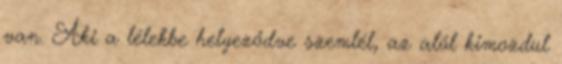
van. Aki a lélekbe helyeződve szemlél, az alól kimozdul